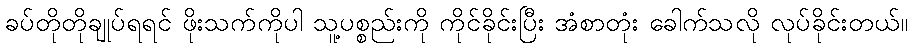
ခပ်တိုတိုချုပ်ရရင် ဖိုးသက်ကိုပါ သူ့ပစ္စည်းကို ကိုင်ခိုင်းပြီး အံစာတုံး ခေါက်သလို လုပ်ခိုင်းတယ်။